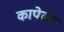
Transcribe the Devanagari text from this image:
कापेला